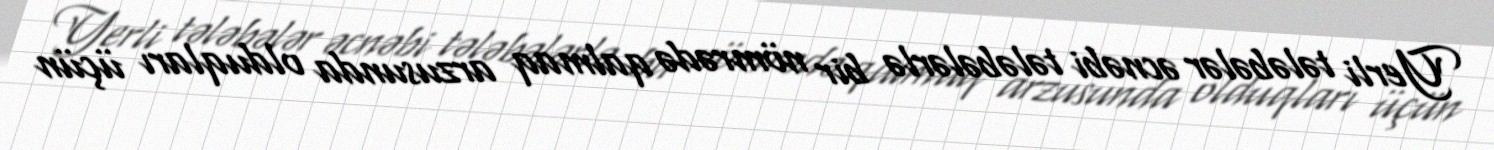
Yerli tələbələr əcnəbi tələbələrlə bir nömrədə qalmaq arzusunda olduqları üçün